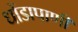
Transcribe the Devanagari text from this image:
धोंडापाणी